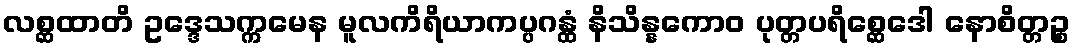
လစ္ဆထာတိ ဥဒ္ဒေသက္ကမေန မူလကိရိယာကပ္ပဂန္ထံ နိသိန္နကောဝ ပုတ္တပရိစ္ဆေဒေါ နောစိတ္တဉ္စ